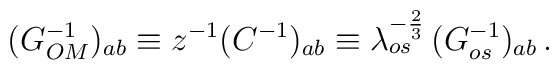
(G^{-1}_{OM})_{ab} \equiv z^{-1} (C^{-1})_{ab} \equiv \lambda_{os}^{-{2\over3}} \, (G^{-1}_{os})_{ab} \, .